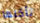
تأكلها